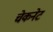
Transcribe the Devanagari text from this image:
चेकनेट